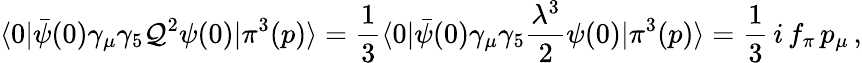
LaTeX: \langle 0|{\bar{\psi}}(0)\gamma_{\mu}\gamma_{5}{\cal Q}^{2}\psi(0)|\pi^{3}(p)\rangle=\frac{1}{3}\langle 0|{\bar{\psi}}(0)\gamma_{\mu}\gamma_{5}\frac{\lambda^{3}}{2}\psi(0)|\pi^{3}(p)\rangle=\frac{1}{3}\, i\, f_{\pi}\, p_{\mu}\, ,